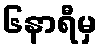
၆နာရီမှ